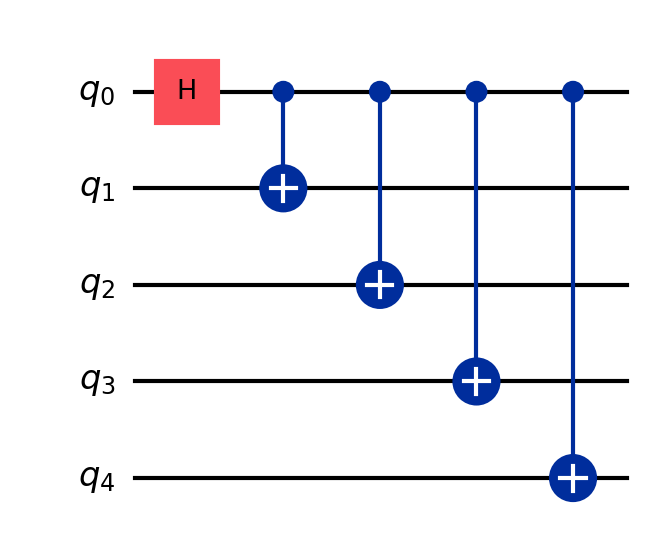
Description: 5-qubit cat state |00000⟩+|11111⟩
描述: 5量子比特猫态
Category: error_correction (difficulty: advanced)
Qubits: 5, circuit depth: 5

Braket implementation:
from braket.circuits import Circuit
circuit = Circuit()
circuit.h(0)
for i in range(1, 5):
    circuit.cnot(0, i)